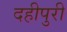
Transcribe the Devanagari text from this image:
दहीपुरी